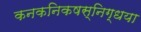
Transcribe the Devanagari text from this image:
कनकनिकषस्निग्धया